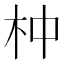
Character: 𣐄